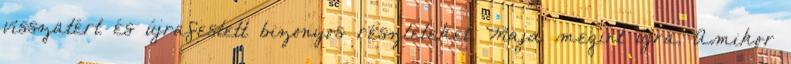
visszatért és újrafestett bizonyos részleteket. Majd megint újra. Amikor